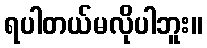
ရပါတယ်မလိုပါဘူး။